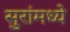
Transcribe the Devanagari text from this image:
सुरांमध्ये